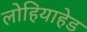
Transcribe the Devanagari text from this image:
लोहियाहेड